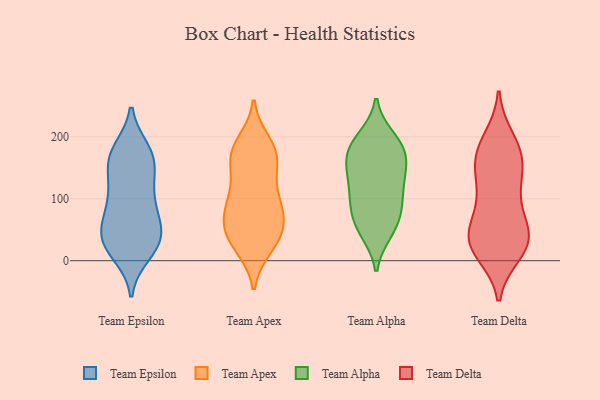
{"axis": {"x": "Population (Million)", "y": "Value"}, "legend": ["Team Alpha", "Team Apex", "Team Delta", "Team Epsilon"], "data": [{"x": "", "y": 23, "type": "Team Epsilon"}, {"x": "", "y": 174, "type": "Team Epsilon"}, {"x": "", "y": 45, "type": "Team Epsilon"}, {"x": "", "y": 178, "type": "Team Epsilon"}, {"x": "", "y": 39, "type": "Team Epsilon"}, {"x": "", "y": 114, "type": "Team Epsilon"}, {"x": "", "y": 55, "type": "Team Epsilon"}, {"x": "", "y": 75, "type": "Team Epsilon"}, {"x": "", "y": 117, "type": "Team Epsilon"}, {"x": "", "y": 11, "type": "Team Epsilon"}, {"x": "", "y": 151, "type": "Team Epsilon"}, {"x": "", "y": 69, "type": "Team Epsilon"}, {"x": "", "y": 85, "type": "Team Epsilon"}, {"x": "", "y": 22, "type": "Team Epsilon"}, {"x": "", "y": 29, "type": "Team Epsilon"}, {"x": "", "y": 113, "type": "Team Epsilon"}, {"x": "", "y": 171, "type": "Team Epsilon"}, {"x": "", "y": 164, "type": "Team Epsilon"}, {"x": "", "y": 32, "type": "Team Epsilon"}, {"x": "", "y": 164, "type": "Team Epsilon"}, {"x": "", "y": 101, "type": "Team Apex"}, {"x": "", "y": 162, "type": "Team Apex"}, {"x": "", "y": 25, "type": "Team Apex"}, {"x": "", "y": 53, "type": "Team Apex"}, {"x": "", "y": 179, "type": "Team Apex"}, {"x": "", "y": 150, "type": "Team Apex"}, {"x": "", "y": 161, "type": "Team Apex"}, {"x": "", "y": 61, "type": "Team Apex"}, {"x": "", "y": 104, "type": "Team Apex"}, {"x": "", "y": 66, "type": "Team Apex"}, {"x": "", "y": 88, "type": "Team Apex"}, {"x": "", "y": 182, "type": "Team Apex"}, {"x": "", "y": 113, "type": "Team Apex"}, {"x": "", "y": 30, "type": "Team Apex"}, {"x": "", "y": 84, "type": "Team Apex"}, {"x": "", "y": 191, "type": "Team Apex"}, {"x": "", "y": 22, "type": "Team Apex"}, {"x": "", "y": 172, "type": "Team Apex"}, {"x": "", "y": 58, "type": "Team Apex"}, {"x": "", "y": 37, "type": "Team Apex"}, {"x": "", "y": 198, "type": "Team Alpha"}, {"x": "", "y": 187, "type": "Team Alpha"}, {"x": "", "y": 85, "type": "Team Alpha"}, {"x": "", "y": 121, "type": "Team Alpha"}, {"x": "", "y": 49, "type": "Team Alpha"}, {"x": "", "y": 192, "type": "Team Alpha"}, {"x": "", "y": 175, "type": "Team Alpha"}, {"x": "", "y": 60, "type": "Team Alpha"}, {"x": "", "y": 166, "type": "Team Alpha"}, {"x": "", "y": 114, "type": "Team Alpha"}, {"x": "", "y": 144, "type": "Team Alpha"}, {"x": "", "y": 162, "type": "Team Alpha"}, {"x": "", "y": 98, "type": "Team Alpha"}, {"x": "", "y": 141, "type": "Team Alpha"}, {"x": "", "y": 47, "type": "Team Alpha"}, {"x": "", "y": 81, "type": "Team Alpha"}, {"x": "", "y": 17, "type": "Team Delta"}, {"x": "", "y": 159, "type": "Team Delta"}, {"x": "", "y": 111, "type": "Team Delta"}, {"x": "", "y": 161, "type": "Team Delta"}, {"x": "", "y": 70, "type": "Team Delta"}, {"x": "", "y": 197, "type": "Team Delta"}, {"x": "", "y": 102, "type": "Team Delta"}, {"x": "", "y": 47, "type": "Team Delta"}, {"x": "", "y": 28, "type": "Team Delta"}, {"x": "", "y": 116, "type": "Team Delta"}, {"x": "", "y": 12, "type": "Team Delta"}, {"x": "", "y": 46, "type": "Team Delta"}, {"x": "", "y": 30, "type": "Team Delta"}, {"x": "", "y": 50, "type": "Team Delta"}, {"x": "", "y": 176, "type": "Team Delta"}, {"x": "", "y": 164, "type": "Team Delta"}, {"x": "", "y": 19, "type": "Team Delta"}, {"x": "", "y": 35, "type": "Team Delta"}, {"x": "", "y": 146, "type": "Team Delta"}, {"x": "", "y": 192, "type": "Team Delta"}]}